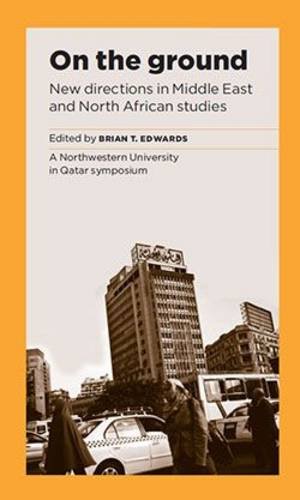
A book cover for On the Ground: New Directions in Middle East Studies; History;